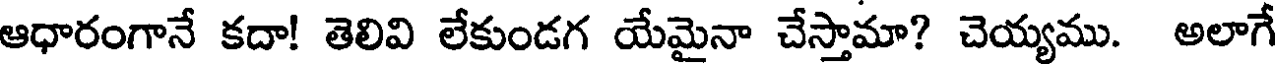
ఆధారంగానే కదా! తెలివి లేకుండగ యేమైనా చేస్తామా? చెయ్యము. అలాగే